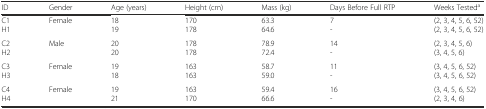
<table><thead><tr><td><b>ID</b></td><td><b>Gender</b></td><td><b>Age (years)</b></td><td><b>Height (cm)</b></td><td><b>Mass (kg)</b></td><td><b>Days Before Full RTP</b></td><td><b>Weeks Tested<sup>a</sup></b></td></tr></thead><tbody><tr><td>C1H1</td><td>Female</td><td>1819</td><td>170178</td><td>63.364.6</td><td>7-</td><td>(2, 3, 4, 5, 6, 52)(2, 3, 4, 5, 6, 52)</td></tr><tr><td>C2H2</td><td>Male</td><td>2020</td><td>178178</td><td>78.972.4</td><td>14-</td><td>(2, 3, 4, 5, 6)(3, 4, 5, 6)</td></tr><tr><td>C3H3</td><td>Female</td><td>1918</td><td>163163</td><td>58.759.0</td><td>11-</td><td>(3, 4, 5, 6, 52)(3, 4, 5, 6, 52)</td></tr><tr><td>C4H4</td><td>Female</td><td>1921</td><td>163170</td><td>59.466.6</td><td>16-</td><td>(3, 4, 5, 6, 52)(2, 3, 4, 6)</td></tr></tbody></table>